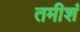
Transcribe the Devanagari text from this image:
तमीशं